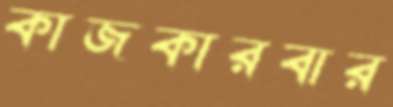
কাজকারবার